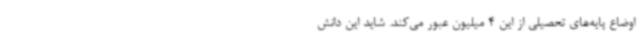
اوضاع پایه‌های تحصیلی از این 4‌ میلیون عبور می‌کند. شاید این دانش